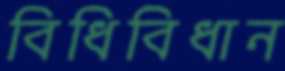
বিধিবিধান